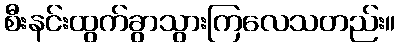
စီးနင်းထွက်ခွာသွားကြလေသတည်း။